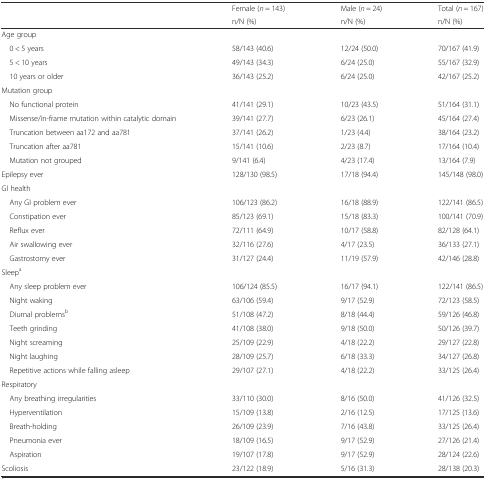
<table><thead><tr><td rowspan="2"></td><td><b>Female (<i>n</i> = 143)</b></td><td><b>Male (<i>n</i> = 24)</b></td><td><b>Total (<i>n</i> = 167)</b></td></tr><tr><td><b>n/N (%)</b></td><td><b>n/N (%)</b></td><td><b>n/N (%)</b></td></tr></thead><tbody><tr><td>Age group</td><td></td><td></td><td></td></tr><tr><td> 0 &lt; 5 years</td><td>58/143 (40.6)</td><td>12/24 (50.0)</td><td>70/167 (41.9)</td></tr><tr><td> 5 &lt; 10 years</td><td>49/143 (34.3)</td><td>6/24 (25.0)</td><td>55/167 (32.9)</td></tr><tr><td> 10 years or older</td><td>36/143 (25.2)</td><td>6/24 (25.0)</td><td>42/167 (25.2)</td></tr><tr><td>Mutation group</td><td></td><td></td><td></td></tr><tr><td> No functional protein</td><td>41/141 (29.1)</td><td>10/23 (43.5)</td><td>51/164 (31.1)</td></tr><tr><td> Missense/in-frame mutation within catalytic domain</td><td>39/141 (27.7)</td><td>6/23 (26.1)</td><td>45/164 (27.4)</td></tr><tr><td> Truncation between aa172 and aa781</td><td>37/141 (26.2)</td><td>1/23 (4.4)</td><td>38/164 (23.2)</td></tr><tr><td> Truncation after aa781</td><td>15/141 (10.6)</td><td>2/23 (8.7)</td><td>17/164 (10.4)</td></tr><tr><td> Mutation not grouped</td><td>9/141 (6.4)</td><td>4/23 (17.4)</td><td>13/164 (7.9)</td></tr><tr><td>Epilepsy ever</td><td>128/130 (98.5)</td><td>17/18 (94.4)</td><td>145/148 (98.0)</td></tr><tr><td>GI health</td><td></td><td></td><td></td></tr><tr><td> Any GI problem ever</td><td>106/123 (86.2)</td><td>16/18 (88.9)</td><td>122/141 (86.5)</td></tr><tr><td> Constipation ever</td><td>85/123 (69.1)</td><td>15/18 (83.3)</td><td>100/141 (70.9)</td></tr><tr><td> Reflux ever</td><td>72/111 (64.9)</td><td>10/17 (58.8)</td><td>82/128 (64.1)</td></tr><tr><td> Air swallowing ever</td><td>32/116 (27.6)</td><td>4/17 (23.5)</td><td>36/133 (27.1)</td></tr><tr><td> Gastrostomy ever</td><td>31/127 (24.4)</td><td>11/19 (57.9)</td><td>42/146 (28.8)</td></tr><tr><td>Sleep<sup>a</sup></td><td></td><td></td><td></td></tr><tr><td> Any sleep problem ever</td><td>106/124 (85.5)</td><td>16/17 (94.1)</td><td>122/141 (86.5)</td></tr><tr><td> Night waking</td><td>63/106 (59.4)</td><td>9/17 (52.9)</td><td>72/123 (58.5)</td></tr><tr><td> Diurnal problems<sup>b</sup></td><td>51/108 (47.2)</td><td>8/18 (44.4)</td><td>59/126 (46.8)</td></tr><tr><td> Teeth grinding</td><td>41/108 (38.0)</td><td>9/18 (50.0)</td><td>50/126 (39.7)</td></tr><tr><td> Night screaming</td><td>25/109 (22.9)</td><td>4/18 (22.2)</td><td>29/127 (22.8)</td></tr><tr><td> Night laughing</td><td>28/109 (25.7)</td><td>6/18 (33.3)</td><td>34/127 (26.8)</td></tr><tr><td> Repetitive actions while falling asleep</td><td>29/107 (27.1)</td><td>4/18 (22.2)</td><td>33/125 (26.4)</td></tr><tr><td>Respiratory</td><td></td><td></td><td></td></tr><tr><td> Any breathing irregularities</td><td>33/110 (30.0)</td><td>8/16 (50.0)</td><td>41/126 (32.5)</td></tr><tr><td> Hyperventilation</td><td>15/109 (13.8)</td><td>2/16 (12.5)</td><td>17/125 (13.6)</td></tr><tr><td> Breath-holding</td><td>26/109 (23.9)</td><td>7/16 (43.8)</td><td>33/125 (26.4)</td></tr><tr><td> Pneumonia ever</td><td>18/109 (16.5)</td><td>9/17 (52.9)</td><td>27/126 (21.4)</td></tr><tr><td> Aspiration</td><td>19/107 (17.8)</td><td>9/17 (52.9)</td><td>28/124 (22.6)</td></tr><tr><td>Scoliosis</td><td>23/122 (18.9)</td><td>5/16 (31.3)</td><td>28/138 (20.3)</td></tr></tbody></table>